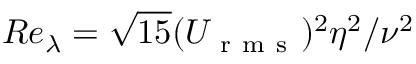
R e _ { \lambda } = \sqrt { 1 5 } ( U _ { \mathrm { ~ r ~ m ~ s ~ } } ) ^ { 2 } \eta ^ { 2 } / \nu ^ { 2 }